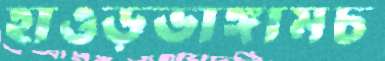
হাওড়ভাঙ্গামচ